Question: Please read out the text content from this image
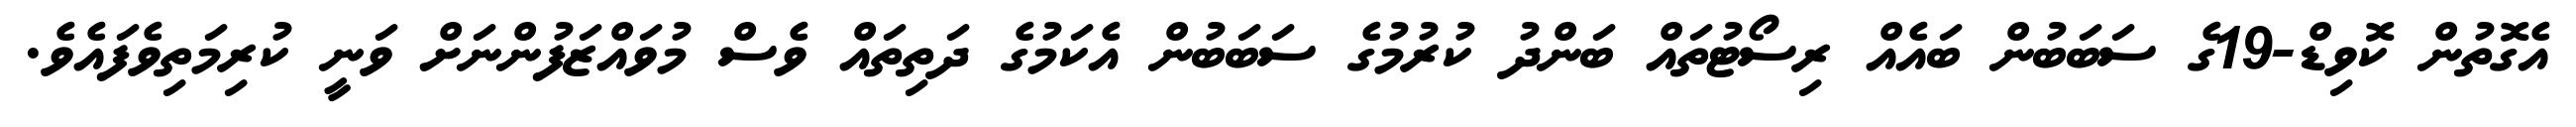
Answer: އެގޮތުން ކޮވިޑް-19ގެ ސަބަބުން ބައެއް ރިސޯޓުތައް ބަންދު ކުރުމުގެ ސަބަބުން އެކަމުގެ ދަތިތައް ވެސް މުވައްޒަފުންނަށް ވަނީ ކުރިމަތިވެފައެވެ.